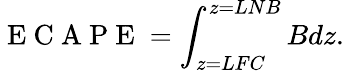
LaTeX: \mathrm{~E~C~A~P~E~}=\int_{z=LFC}^{z=LNB}Bdz.